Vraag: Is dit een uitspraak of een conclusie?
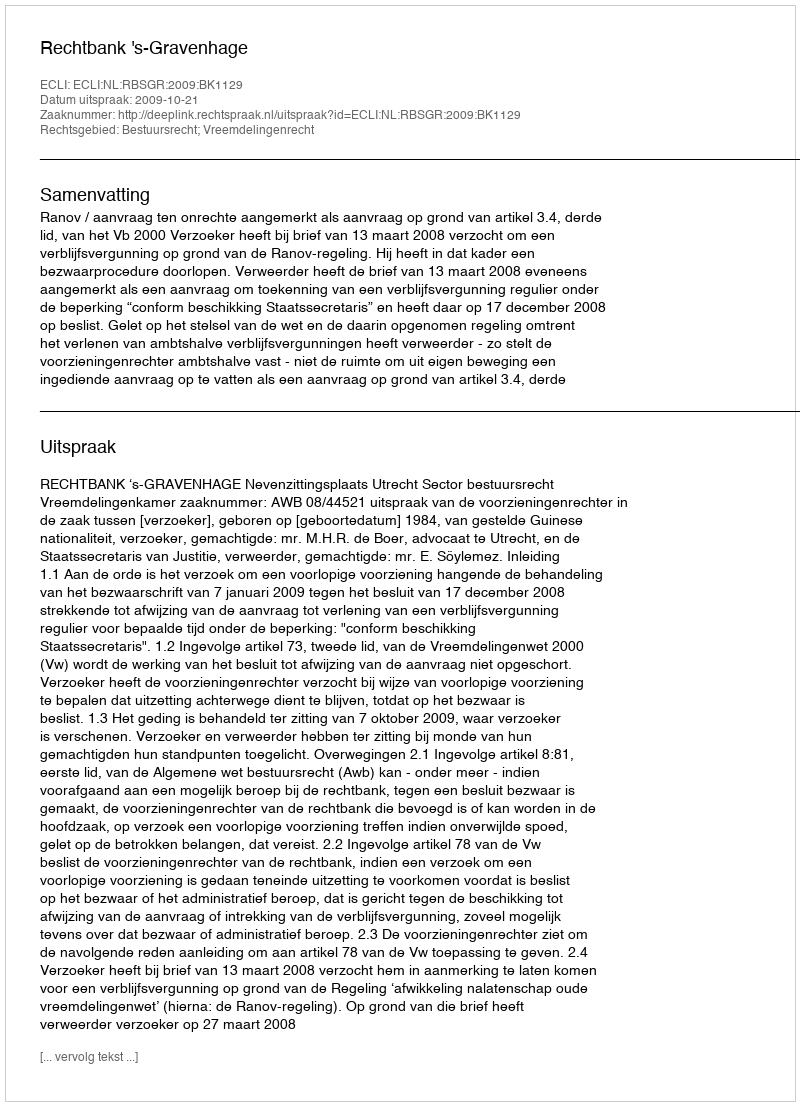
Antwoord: Uitspraak